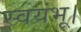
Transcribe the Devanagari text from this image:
स्वयंभू।